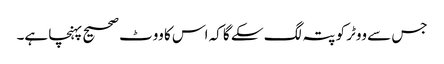
جس سے ووٹر کو پتہ لگ سکے گا کہ اس کا ووٹ صحیح پہنچا ہے۔